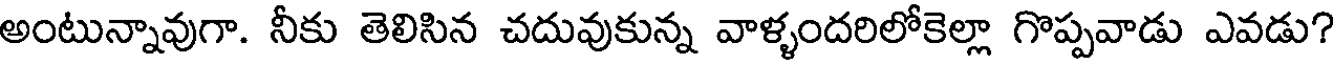
అంటున్నావుగా. నీకు తెలిసిన చదువుకున్న వాళ్ళందరిలోకెల్లా గొప్పవాడు ఎవడు?